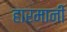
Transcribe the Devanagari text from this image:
हारमानी